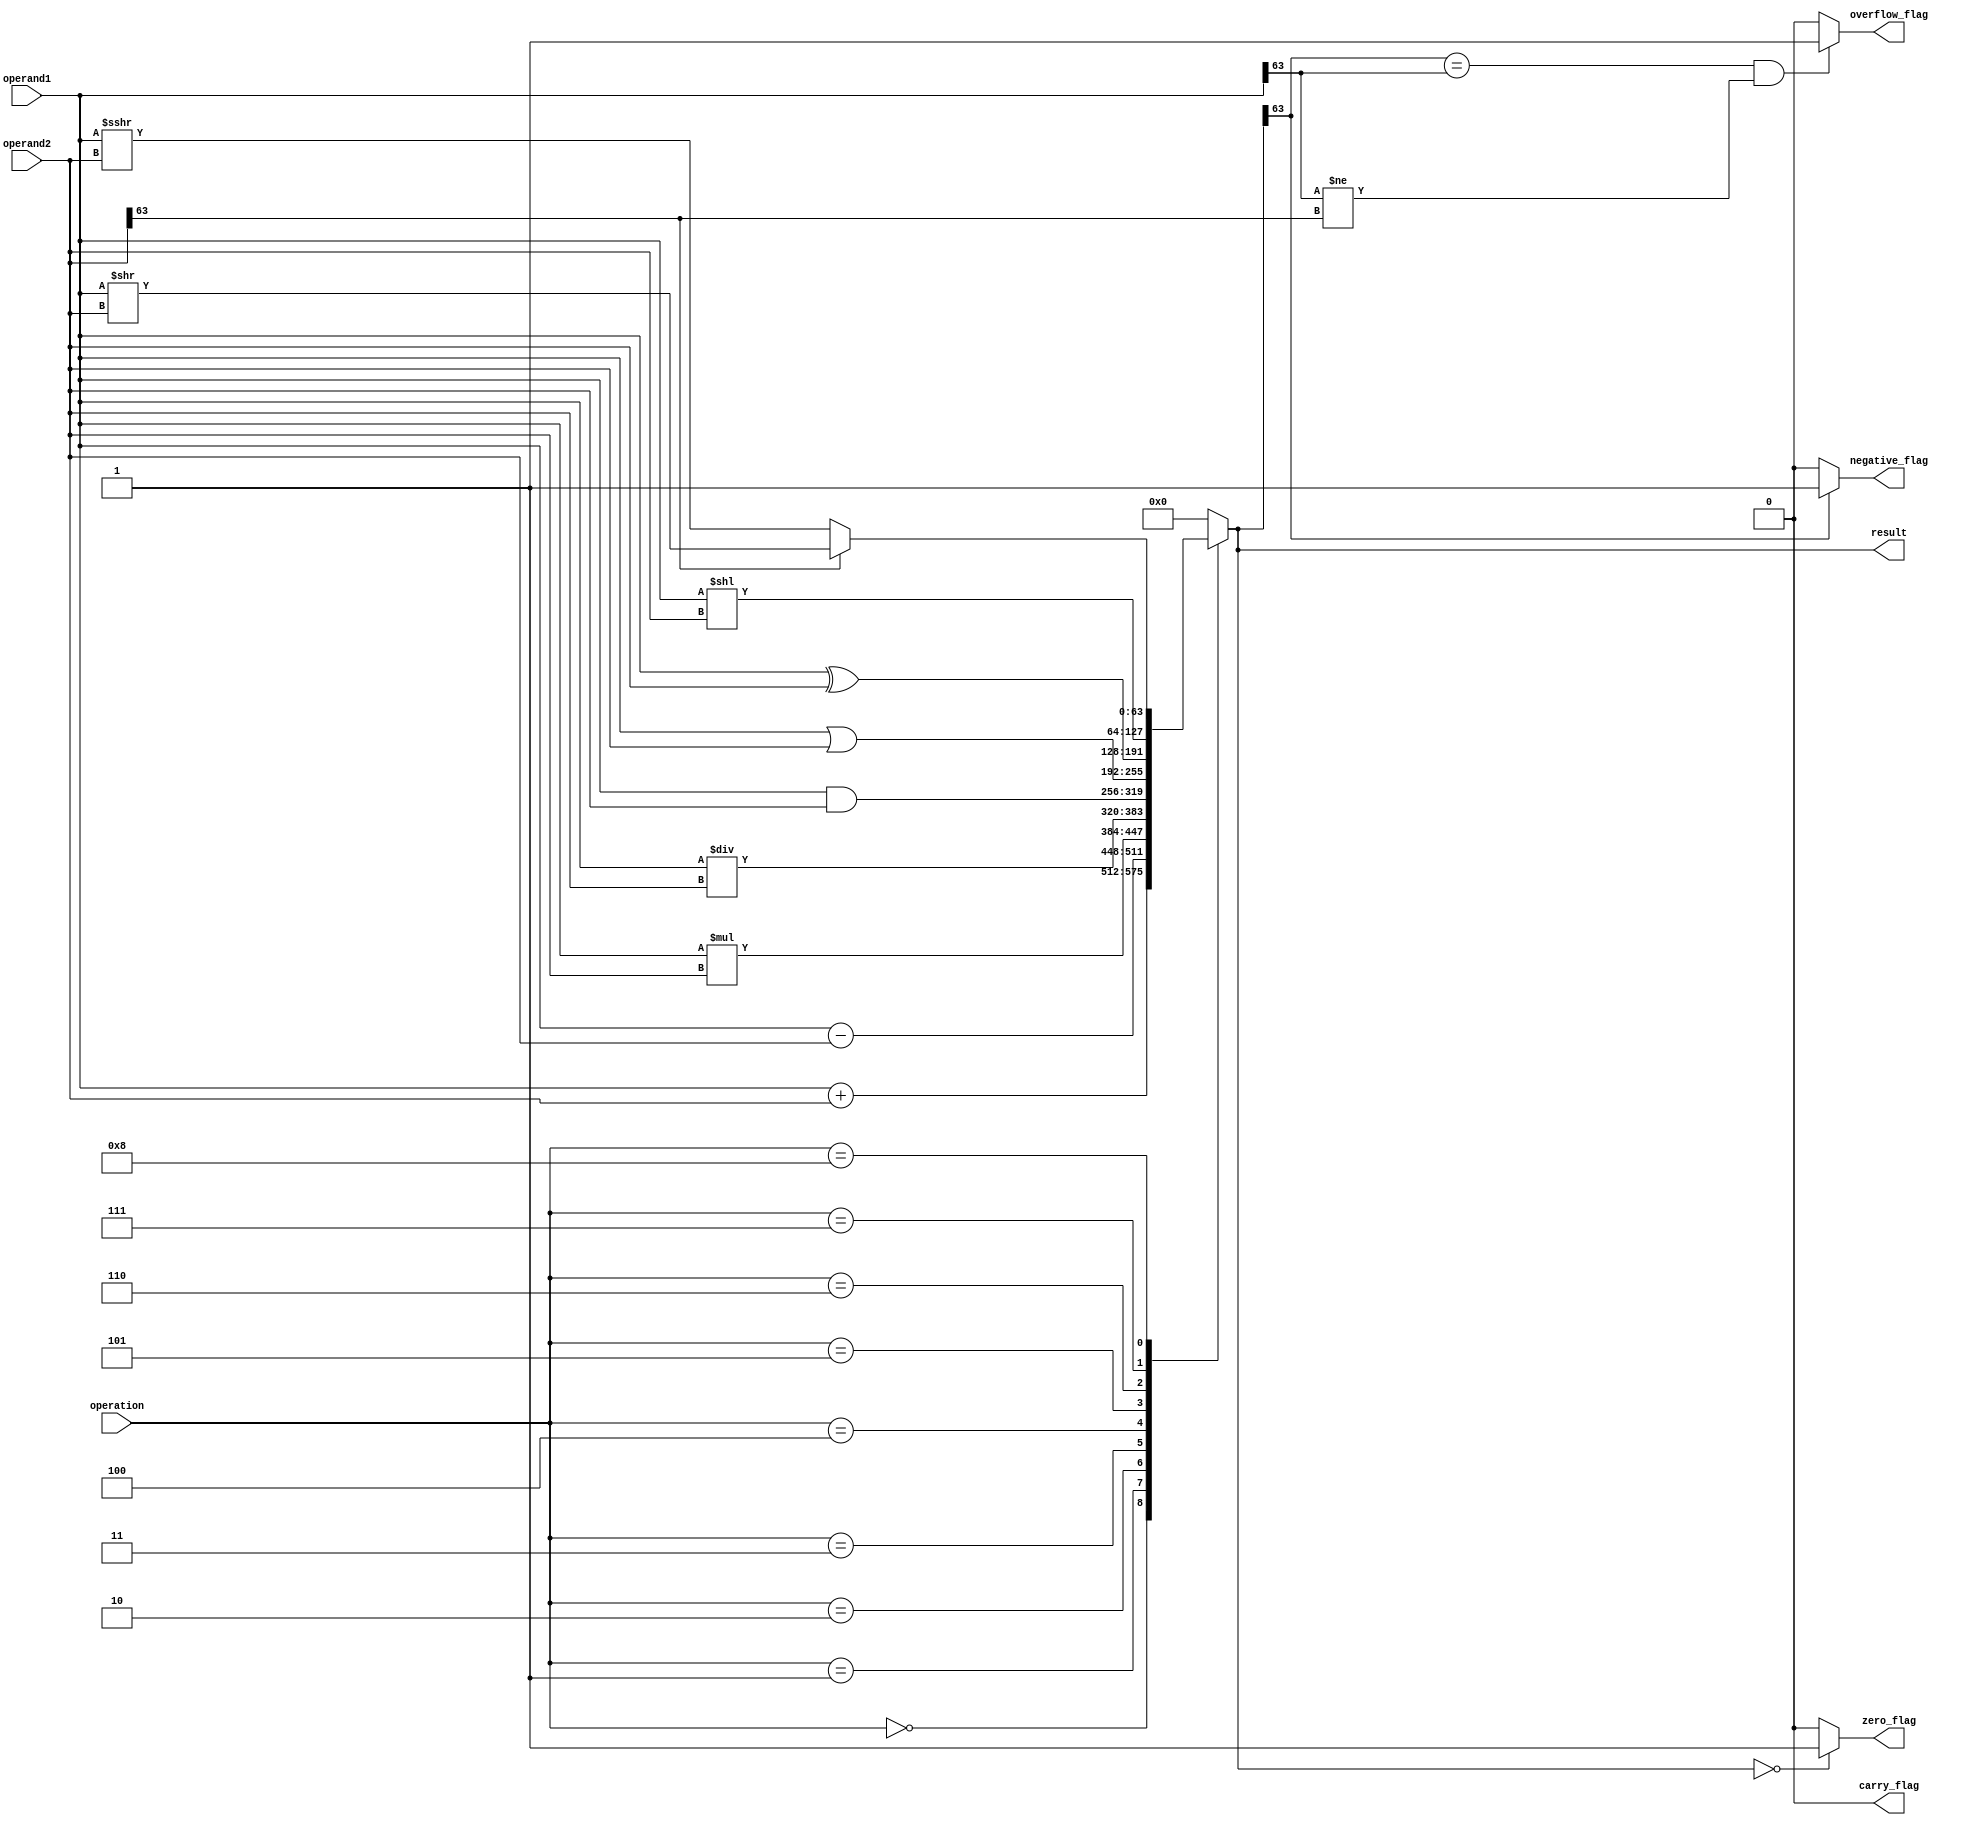
module ALU(
  input [63:0] operand1,
  input [63:0] operand2,
  input [4:0] operation,
  output reg [63:0] result,
  output reg zero_flag,
  output reg negative_flag,
  output reg carry_flag,
  output reg overflow_flag
);
  
  always @(*)
    case(operation)
      5'b00000: result = operand1 + operand2; // Addition
      5'b00001: result = operand1 - operand2; // Subtraction
      5'b00010: result = operand1 * operand2; // Multiplication
      5'b00011: result = operand1 / operand2; // Division
      5'b00100: result = operand1 & operand2; // Bitwise AND
      5'b00101: result = operand1 | operand2; // Bitwise OR
      5'b00110: result = operand1 ^ operand2; // Bitwise XOR
      5'b00111: result = operand1 << operand2; // Shift Left
      5'b01000:
        if(operand2[63] == 1)
          result = operand1 >> operand2; // Arithmetic Shift Right
        else
          result = operand1 >>> operand2; // Logical Shift Right
      default: result = 64'b0;
    endcase

  // Flags
  always @(*)
    begin
      zero_flag = (result == 64'b0) ? 1 : 0; // Zero Flag
      negative_flag = (result[63] == 1) ? 1 : 0; // Negative Flag
      carry_flag = (result[64] == 1) ? 1 : 0; // Carry Flag
      overflow_flag = (result[63] == operand1[63] && operand1[63] != operand2[63]) ? 1 : 0; // Overflow Flag
    end
  
endmodule